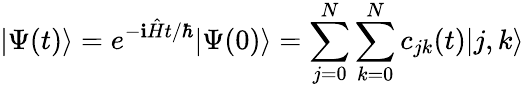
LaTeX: |\Psi(t)\rangle=e^{-\mathbf{i}\hat{{H}}t/\hbar}|\Psi(0)\rangle=\sum_{j=0}^{N}\sum_{k=0}^{N}c_{jk}(t)|j,k\rangle